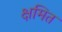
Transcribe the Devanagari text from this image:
क्षमित